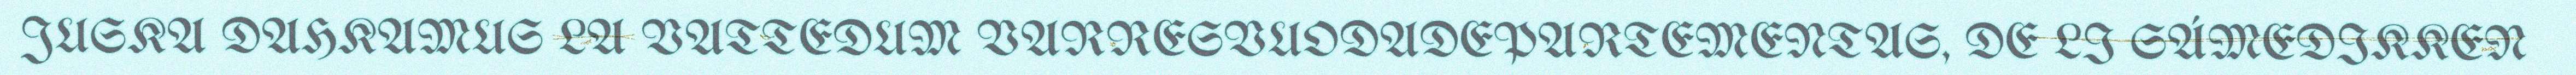
JUSKA DAHKAMUS LA VATTEDUM VARRESVUODADEPARTEMENTAS, DE LI SÁMEDIKKEN